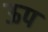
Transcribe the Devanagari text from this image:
ऊप